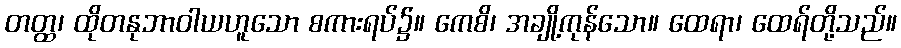
တတ္ထ၊ ထိုတနုဘာဝါယဟူသော စကားရပ်၌။ ကေစိ၊ အချို့ကုန်သော။ ထေရာ၊ ထေရ်တို့သည်။